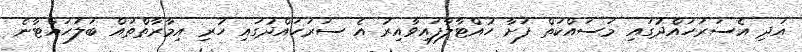
އަދި އެސަރަހައްދުގައި މަސައްކަތް ފަށާ ހުއްޓާލާފައިވާއިރު އެ ސަރަހައްދުގައި ހުރި އިމާރާތްތައް ބަލަހައްޓާނެ